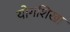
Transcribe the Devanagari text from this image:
योगशिखा